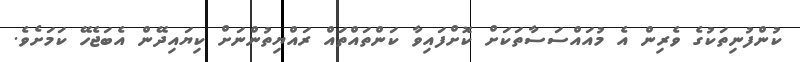
ކުންފުނިތަކުގެ ވެރިން އެ މުއައްސަސާތަކަށް ކޮށްފައިވާ ކަންތައްތައް ރައްޔިތުންނަށް ކިޔައިދޭން އެބަޖެހޭ ކަމަށެވެ.